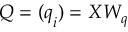
Q = ( \ensuremath { \boldsymbol { q } } _ { i } ) = X W _ { q }